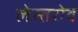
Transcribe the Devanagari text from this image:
लेस्तरोव